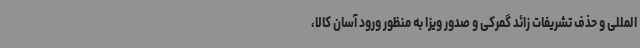
المللی و حذف تشریفات زائد گمرکی و صدور ویزا به منظور ورود آسان کالا،